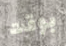
بوقت